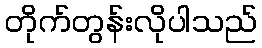
တိုက်တွန်းလိုပါသည်